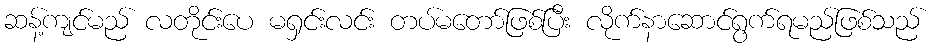
ဆန့်ကျင်မည် လတိုင်းပေ မရှင်းလင်း တပ်မတော်ဖြစ်ပြီး လိုက်နာဆောင်ရွက်ရမည်ဖြစ်သည်